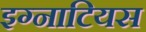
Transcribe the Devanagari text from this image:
इग्नाटियस